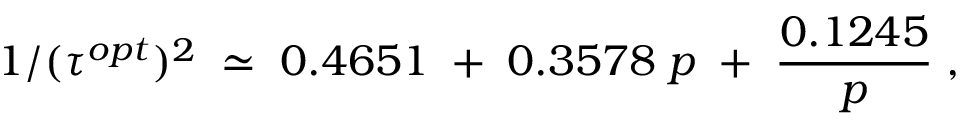
1 / ( \tau ^ { o p t } ) ^ { 2 } \; \simeq \; 0 . 4 6 5 1 \; + \; 0 . 3 5 7 8 \; p \; + \; { \frac { 0 . 1 2 4 5 } { p } } \; ,